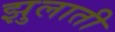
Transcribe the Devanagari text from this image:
झुलाती